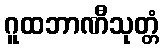
ဂူထဘာဏီသုတ္တံ